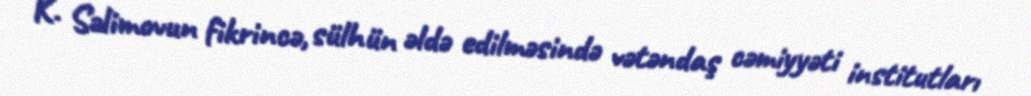
K. Səlimovun fikrincə, sülhün əldə edilməsində vətəndaş cəmiyyəti institutları